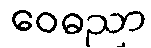
ဝေဓညာ